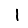
Digit: 1